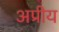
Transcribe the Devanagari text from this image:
अप्रीय